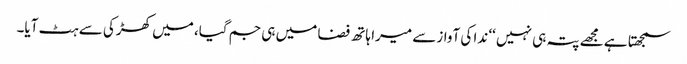
سمجھتا ہے مجھے پتہ ہی نہیں ‘‘ ندا کی آوازسے میرا ہاتھ فضا میں ہی جم گیا، میں کھڑکی سے ہٹ آیا۔